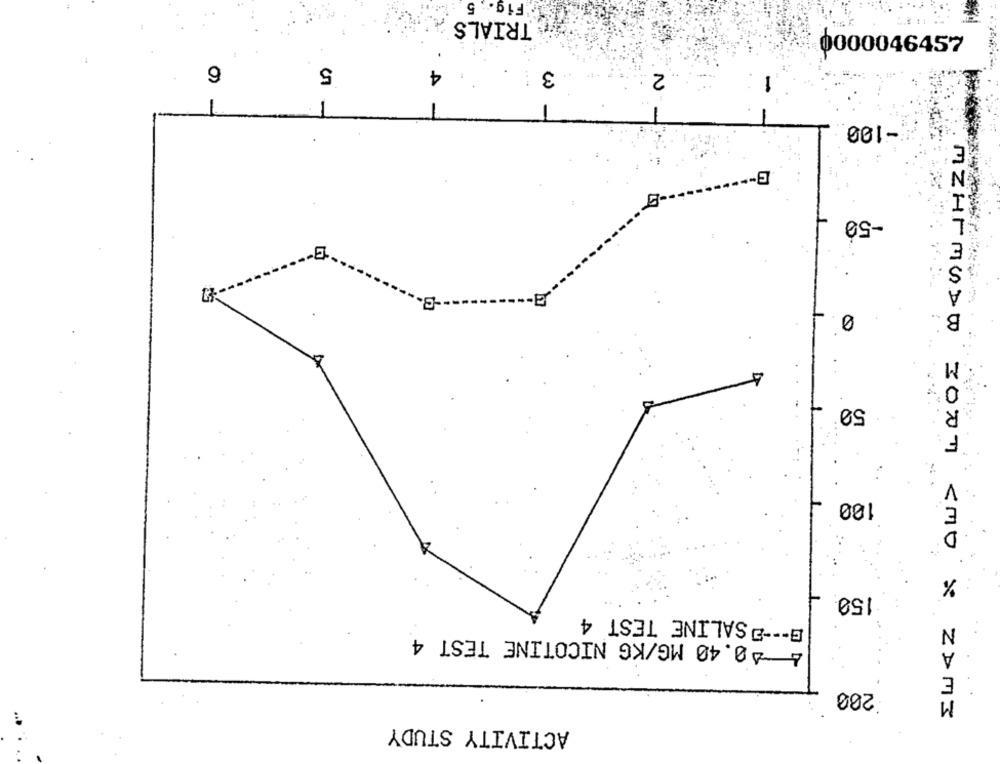
Fig. 5
TRIALS
0000046457
6
5
4
3
-
Nº-
-100
-50
0
50
100
%
150
G --- OSALINE TEST 4
N
4 0.40 MG/KG NICOTINE TEST 4
E
.200
MZHrMODW 3007 <MO X ZDMI
ACTIVITY STUDY